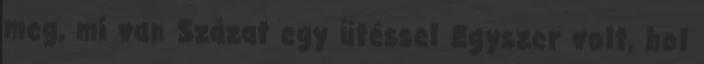
meg, mi van Százat egy ütéssel Egyszer volt, hol